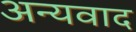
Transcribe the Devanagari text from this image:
अन्यवाद